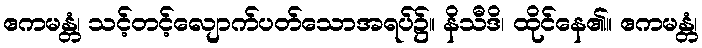
ဧကမန္တံ၊ သင့်တင့်လျောက်ပတ်သောအရပ်၌။ နိသီဒိ၊ ထိုင်နေ၏။ ဧကမန္တံ၊